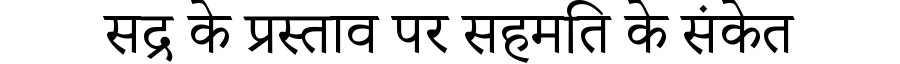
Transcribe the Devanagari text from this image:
सद्र के प्रस्ताव पर सहमति के संकेत